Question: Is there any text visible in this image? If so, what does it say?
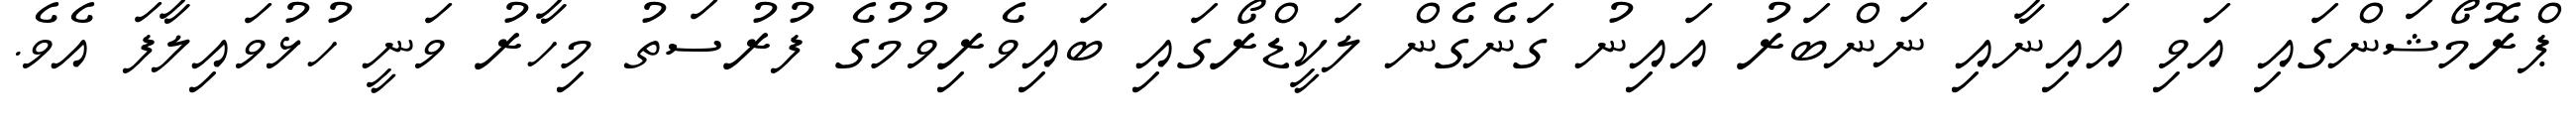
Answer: ޕްރޮމޯޝަންގައި އަވި އައިނާއި ނަންބަރު އައިނު ގަނެގެން ލަކީޑްރޯގައި ބައިވެރިވުމުގެ ފުރުސަތު މިހާރު ވަނީ ހުޅުވައިލާފަ އެވެ.